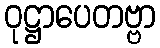
ဝုဋ္ဌာပေတဗ္ဗာ